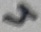
Text: 4